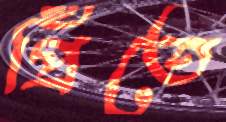
প্রিঁতে